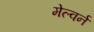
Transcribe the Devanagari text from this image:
मेल्वर्न